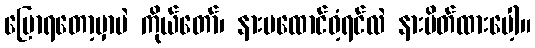
ပြောရတော့မှာပဲ ကိုယ်တော်၊ နားမထောင်ဝံ့ရင်လဲ နားပိတ်ထားပေါ့။